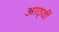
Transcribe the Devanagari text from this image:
आठ्वीं